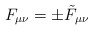
\begin{align*}F_{\mu \nu} = \pm \tilde F_{\mu \nu}\end{align*}